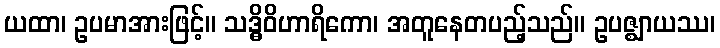
ယထာ၊ ဥပမာအားဖြင့်။ သဒ္ဓိဝိဟာရိကော၊ အတူနေတပည့်သည်။ ဥပဇ္ဈာယဿ၊